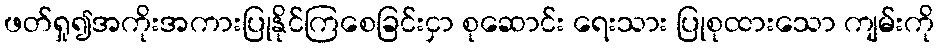
ဖတ်ရှု၍အကိုးအကားပြုနိုင်ကြစေခြင်းငှာ စုဆောင်း ရေးသား ပြုစုထားသော ကျမ်းကို